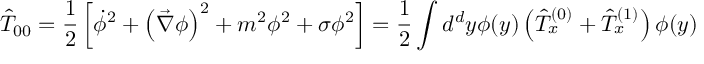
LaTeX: \hat { T } _ { 0 0 } = \frac { 1 } { 2 } \left[ \dot { \phi } ^ { 2 } + \left( \vec { \nabla } \phi \right) ^ { 2 } + m ^ { 2 } \phi ^ { 2 } + \sigma \phi ^ { 2 } \right] = \frac { 1 } { 2 } \int d ^ { d } y \phi ( y ) \left( \hat { T } _ { x } ^ { ( 0 ) } + \hat { T } _ { x } ^ { ( 1 ) } \right) \phi ( y )